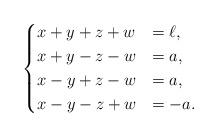
LaTeX: \begin{align*}\begin{cases}x+y+z+w&=\ell,\\x+y-z-w&=a,\\x-y+z-w&=a,\\x-y-z+w&=-a.\end{cases}\end{align*}